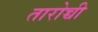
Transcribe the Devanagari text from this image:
तारोच्ची